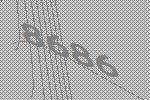
8686